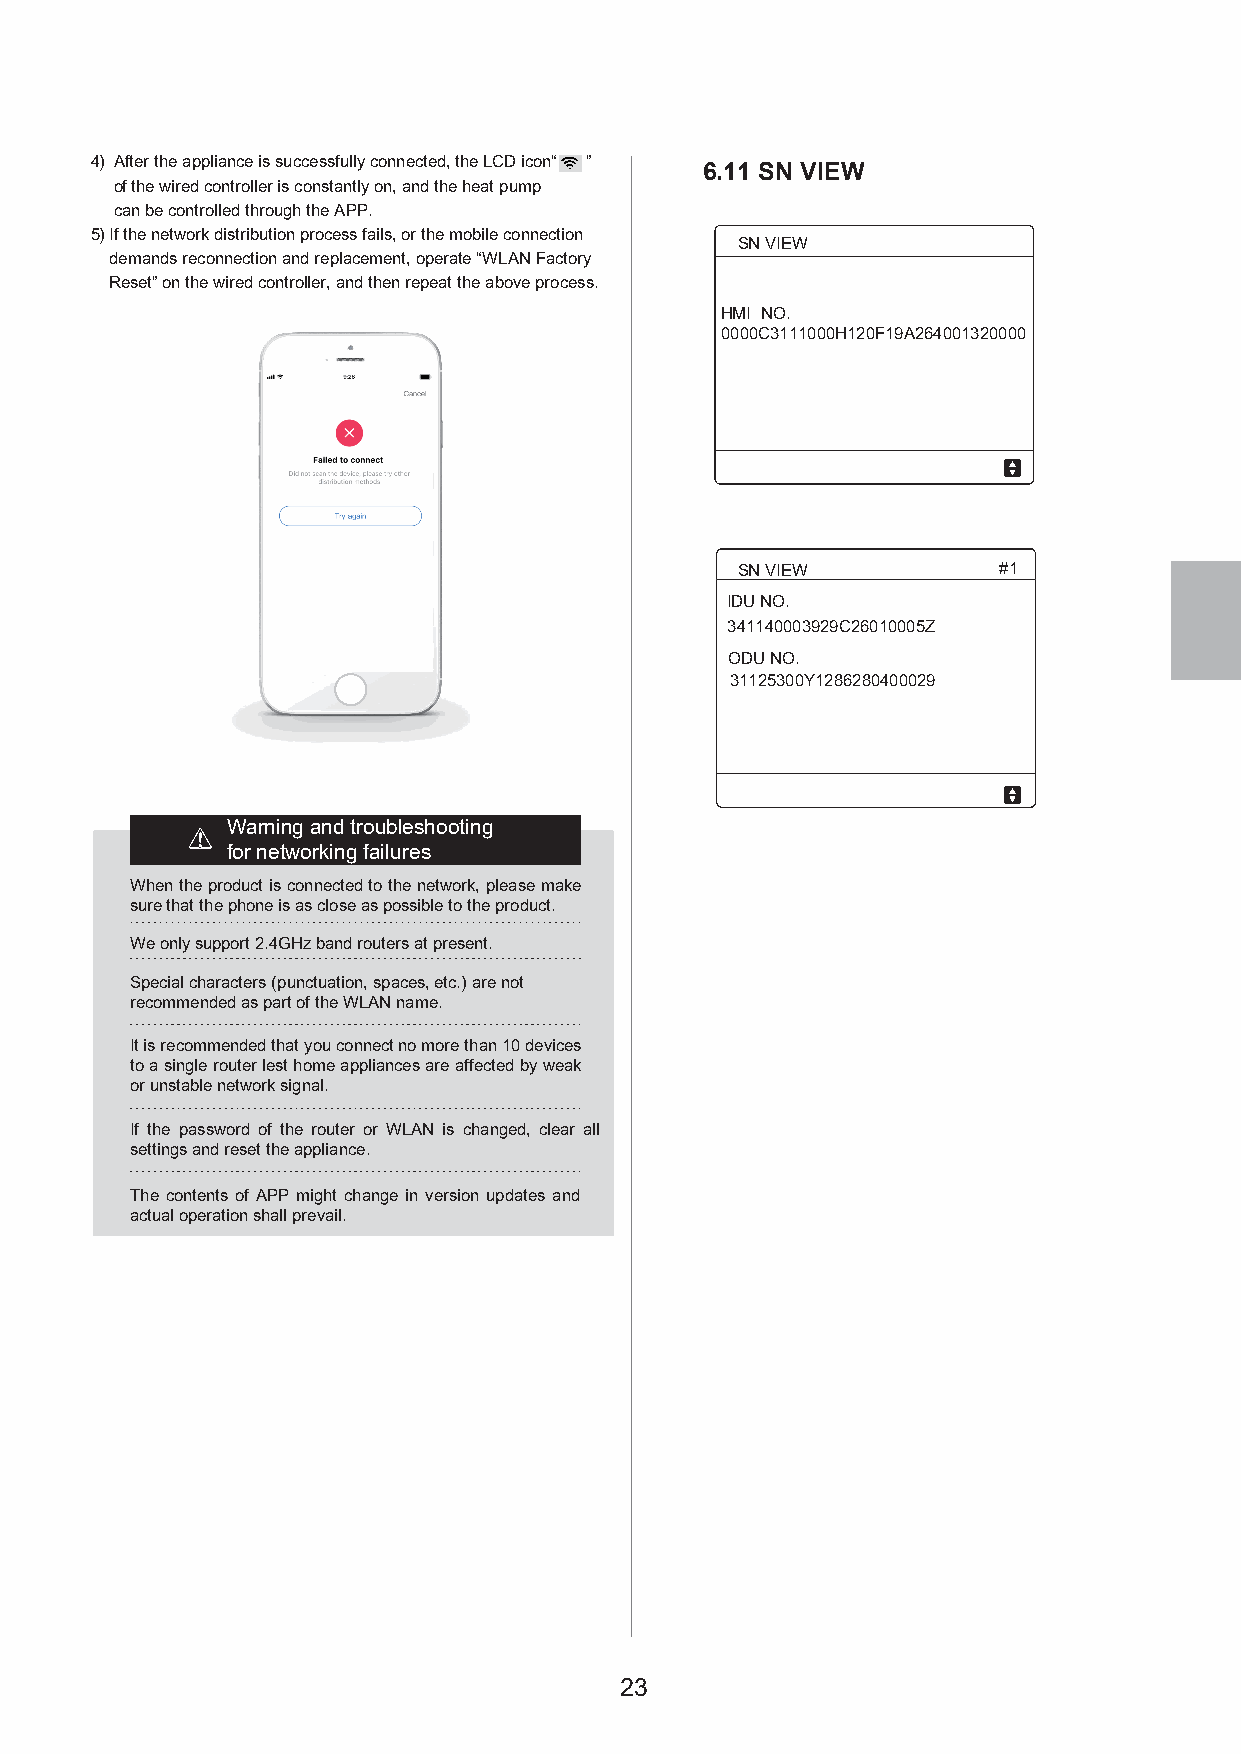
4) After the appliance is successfully connected, the LCD icon“ ”
 6.11 SN VIEW
 of the wired controller is constantly on, and the heat pump
 can be controlled through the APP.
 5)If the network distribution process fails, or the mobile connection
 SN VIEW
 demands reconnection and replacement, operate “WLAN Factory
 Reset” on the wired controller, and then repeat the above process.
 HMI NO.
 0000C3111000H120F19A264001320000
 SN VIEW          #1
 IDU NO.
 341140003929C26010005Z
 ODU NO.
 31125300Y1286280400029
 Warning and troubleshooting
 for networking failures
 When the product is connected to the network, please make
 sure that the phone is as close as possible to the product.
 We only support 2.4GHz band routers at present.
 Special characters (punctuation, spaces, etc.) are not
 recommended as part of the WLAN name.
 It is recommended that you connect no more than 10 devices
 to a single router lest home appliances are affected by weak
 or unstable network signal.
 If the password of the router or WLAN is changed, clear all
 settings and reset the appliance.
 The contents of APP might change in version updates and
 actual operation shall prevail.
 23